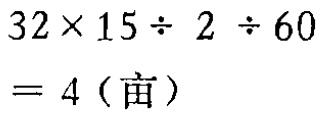
\[

32\times15\div 2\div 60=4 \text{（亩）}

\]